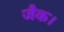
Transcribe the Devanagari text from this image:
जैक।